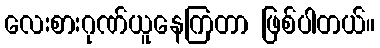
လေးစားဂုဏ်ယူနေကြတာ ဖြစ်ပါတယ်။